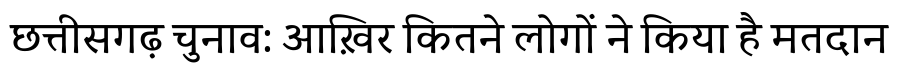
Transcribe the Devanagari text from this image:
छत्तीसगढ़ चुनाव: आख़िर कितने लोगों ने किया है मतदान